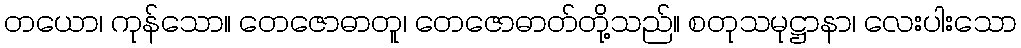
တယော၊ ကုန်သော။ တေဇောဓာတူ၊ တေဇောဓာတ်တို့သည်။ စတုသမုဋ္ဌာနာ၊ လေးပါးသော